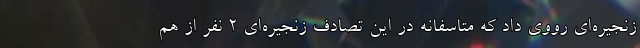
زنجیره‌ای رووی داد که متاسفانه در این تصادف زنجیره‌ای 2 نفر از هم